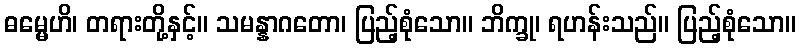
ဓမ္မေဟိ၊ တရားတို့နှင့်။ သမန္နာဂတော၊ ပြည့်စုံသော။ ဘိက္ခု၊ ရဟန်းသည်။ ပြည့်စုံသော။